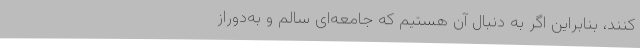
کنند، بنابراین اگر به دنبال آن هستیم که جامعه‌ای سالم و به‌دوراز